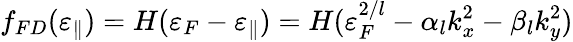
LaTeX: f_{FD}(\varepsilon_{\parallel})=H(\varepsilon_{F}-\varepsilon_{\parallel})=H(\varepsilon_{F}^{2/l}-\alpha_{l}k_{x}^{2}-\beta_{l}k_{y}^{2})